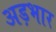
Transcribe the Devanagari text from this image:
अड़भार